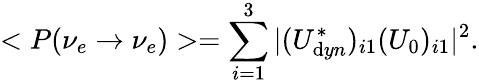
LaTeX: <P(\nu_{e}\rightarrow\nu_{e})>=\sum_{i=1}^{3}|(U_{\mathrm{d}yn}^{*})_{i1}(U_{0})_{i1}|^{2}.